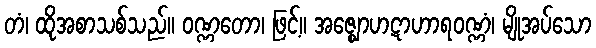
တံ၊ ထိုအစာသစ်သည်။ ဝဏ္ဏတော၊ ဖြင့်။ အဇ္ဈောဟဋာဟာရဝဏ္ဏံ၊ မျိုအပ်သော